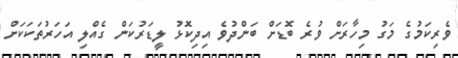
ވެރިކަމުގެ މަގު މިހާރަށް ވުރެ ބޮޑަށް ބަންދުވެ އިދިކޮޅު ލީޑަރުކަން ގެއްލި އަހަރުތަކަކަށް